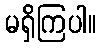
မရှိကြပါ။